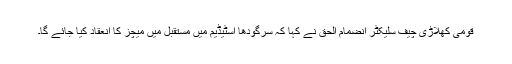
قومی کھلاڑی چیف سلیکٹر انضمام الحق نے کہا کہ سرگودھا اسٹیڈیم میں مستقبل میں میچز کا انعقاد کیا جائے گا۔